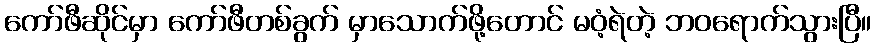
ကော်ဖီဆိုင်မှာ ကော်ဖီတစ်ခွက် မှာသောက်ဖို့တောင် မဝံ့ရဲတဲ့ ဘဝရောက်သွားပြီ။